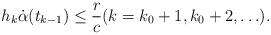
LaTeX: \begin{align*} h_k \dot{\alpha}(t_{k-1}) \le \frac{r}{c} (k=k_0+1, k_0+2, \ldots). \end{align*}